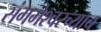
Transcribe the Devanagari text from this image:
संगमेश्वरच्याच